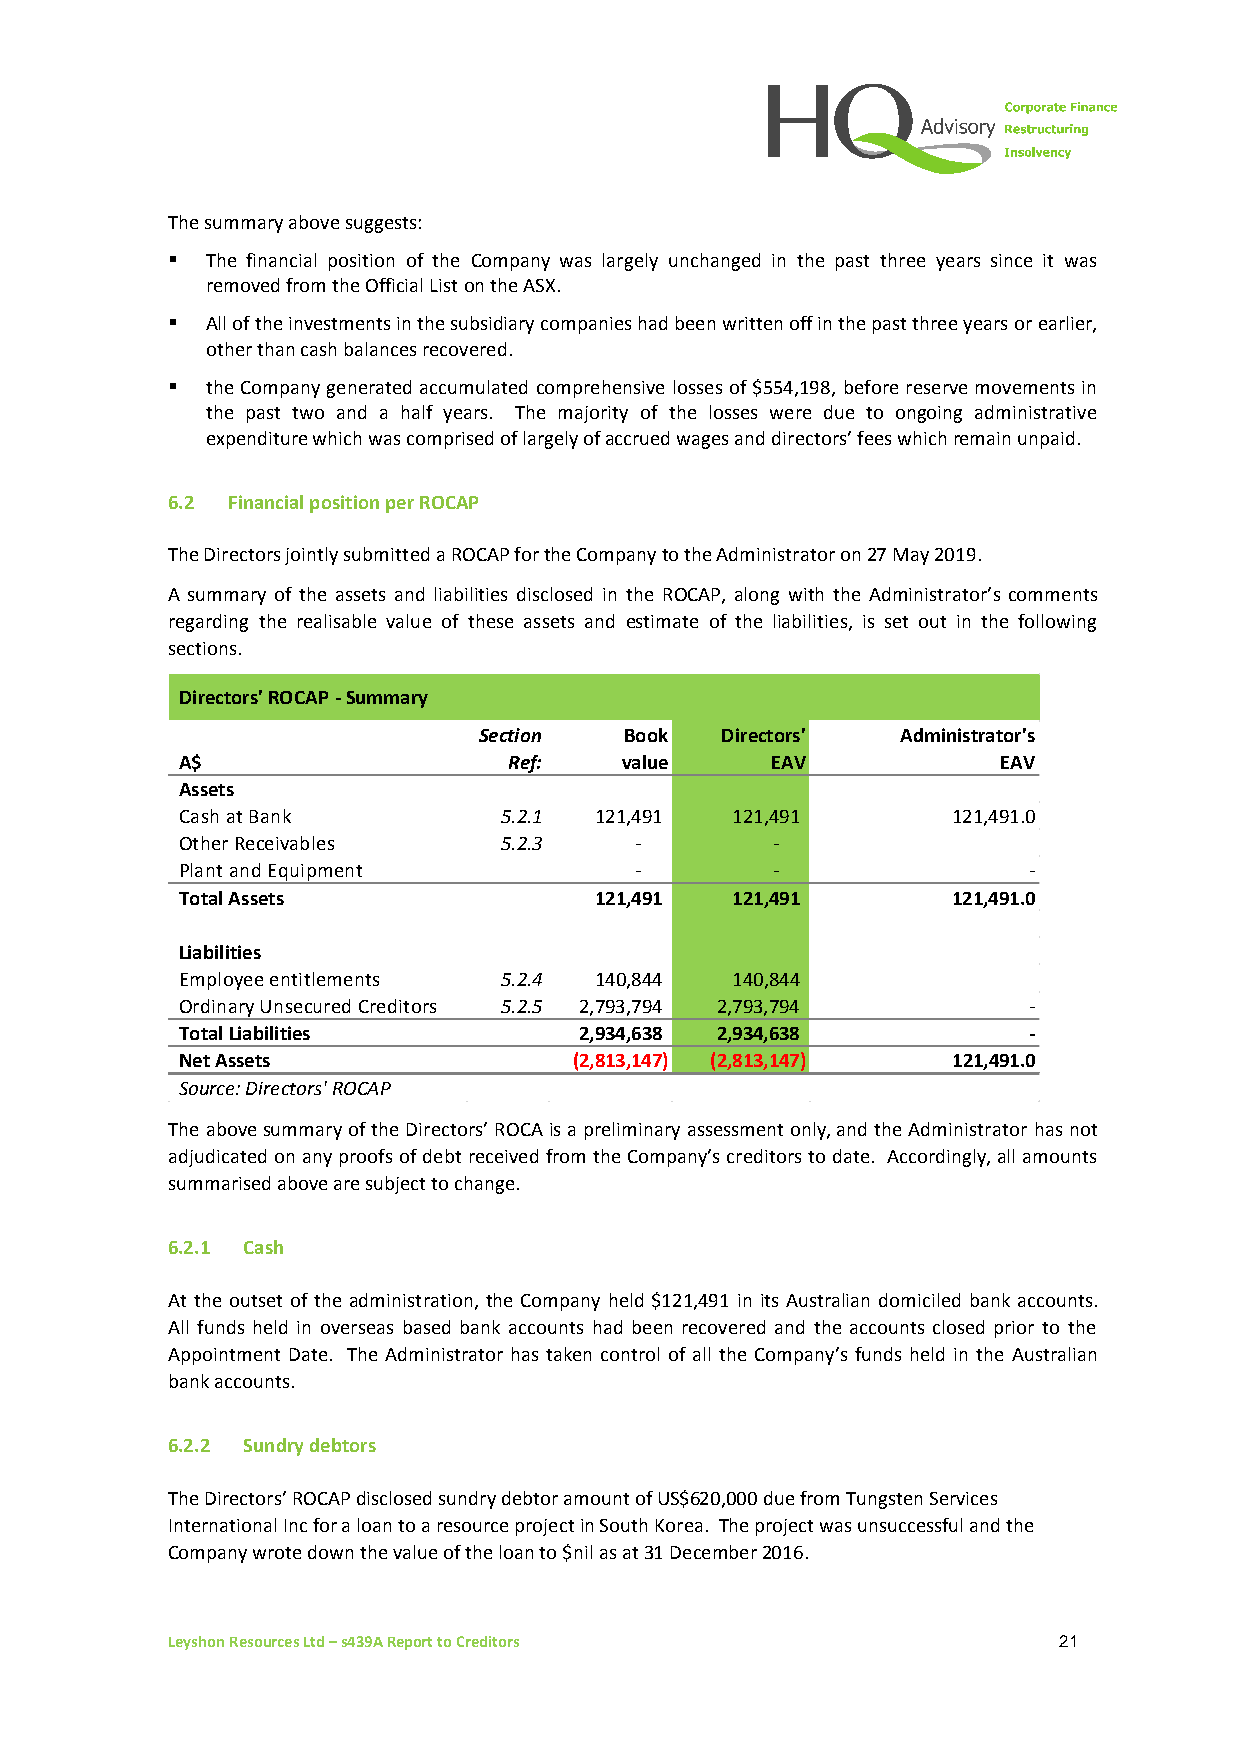
The summary above suggests:
 ▪  The financial position of the Company was largely unchanged in the past three years since it was
 removed from the Official List on the ASX.
 ▪  All of the investments in the subsidiary companies had been written off in the past three years or earlier,
 other than cash balances recovered.
 ▪  the Company generated accumulated comprehensive losses of $554,198, before reserve movements in
 the past two and a half years. The majority of the losses were due to ongoing administrative
 expenditure which was comprised of largely of accrued wages and directors’ fees which remain unpaid.
 6.2 Financial position per ROCAP
 The Directors jointly submitted a ROCAP for the Company to the Administrator on 27 May 2019.
 A summary of the assets and liabilities disclosed in the ROCAP, along with the Administrator’s comments
 regarding the realisable value of these assets and estimate of the liabilities, is set out in the following
 sections.
 Directors' ROCAP - Summary
 Section  Book   Directors'  Administrator's
 A$                    Ref:   value     EAV            EAV
 Assets
 Cash at Bank         5.2.1 1 21,491 1 21,491       121,491.0
 Other Receivables    5.2.3    -        -
 Plant and Equipment           -        -                -
 Total Assets               1 21,491 1 21,491       121,491.0
 Liabilities
 Employee entitlements 5.2.4 1 40,844 1 40,844
 Ordinary Unsecured Creditors 5.2.5 2 ,793,794 2 ,793,794 -
 Total Liabilities         2 ,934,638 2 ,934,638         -
 Net Assets                (2,813,147) (2,813,147)  121,491.0
 Source: Directors' ROCAP
 The above summary of the Directors’ ROCA is a preliminary assessment only, and the Administrator has not
 adjudicated on any proofs of debt received from the Company’s creditors to date. Accordingly, all amounts
 summarised above are subject to change.
 6.2.1 Cash
 At the outset of the administration, the Company held $121,491 in its Australian domiciled bank accounts.
 All funds held in overseas based bank accounts had been recovered and the accounts closed prior to the
 Appointment Date. The Administrator has taken control of all the Company’s funds held in the Australian
 bank accounts.
 6.2.2 Sundry debtors
 The Directors’ ROCAP disclosed sundry debtor amount of US$620,000 due from Tungsten Services
 International Inc for a loan to a resource project in South Korea. The project was unsuccessful and the
 Company wrote down the value of the loan to $nil as at 31 December 2016.
 Leyshon Resources Ltd – s439A Report to Creditors          21